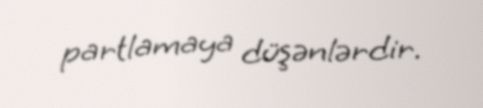
partlamaya düşənlərdir.